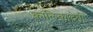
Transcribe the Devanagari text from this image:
कालिकादेवी